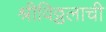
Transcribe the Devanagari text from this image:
श्रीविठ्ठलाची